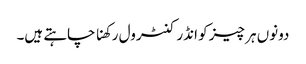
دونوں ہر چیز کو انڈر کنٹرول رکھنا چاہتے ہیں۔